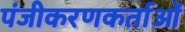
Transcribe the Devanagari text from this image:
पंजीकरणकर्ताओं